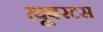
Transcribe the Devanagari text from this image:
ह्यूबरटस